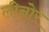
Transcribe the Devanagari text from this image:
लीनोर